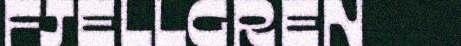
FJELLGREN